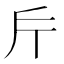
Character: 𭤟